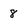
Character: 8